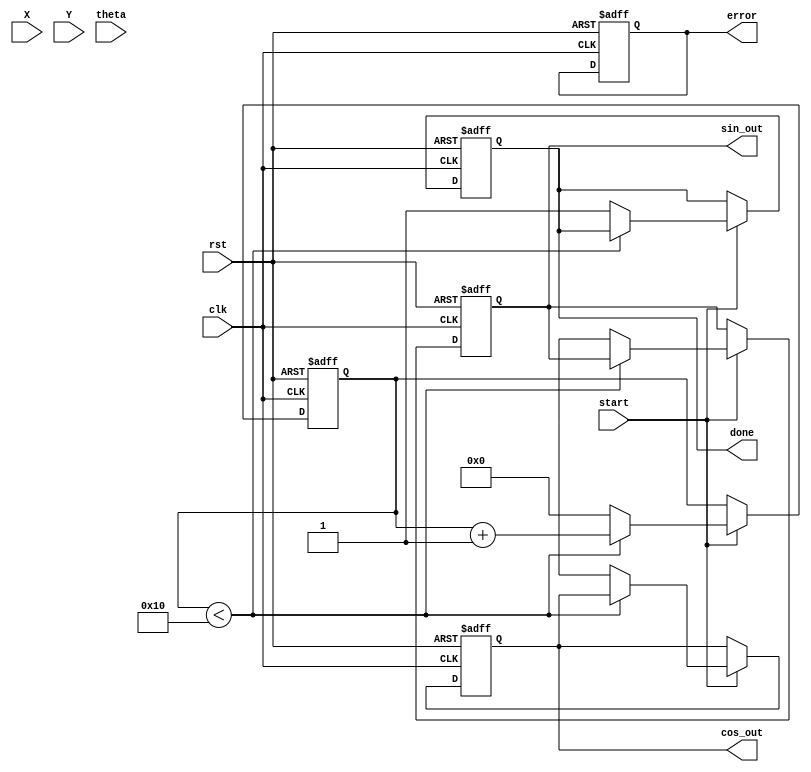
module CORDIC(
    input clk,
    input rst,
    input [31:0] X,     // Input X (IEEE 754 single precision)
    input [31:0] Y,     // Input Y (IEEE 754 single precision)
    input [31:0] theta, // Input angle  (in radians, IEEE 754)
    input start,        // Start signal for the CORDIC computation
    output reg [31:0] cos_out, // Output cosine value
    output reg [31:0] sin_out, // Output sine value
    output reg done,    // Done signal
    output reg error    // Error signal
);

    // CORDIC parameters
    parameter NUM_ITERATIONS = 16; // Number of iterations

    // Internal signals
    reg [31:0] x[0:NUM_ITERATIONS-1]; // X coordinates
    reg [31:0] y[0:NUM_ITERATIONS-1]; // Y coordinates
    reg [31:0] z[0:NUM_ITERATIONS-1]; // Angles
    reg [NUM_ITERATIONS-1:0] stage_done; // Stage done flags
    reg [3:0] iter_count; // Iteration counter
    reg [31:0] angle_table [0:NUM_ITERATIONS-1]; // Arctan values table

    // Initialize arctan values
    initial begin
        angle_table[0] = 32'b00111111100000000000000000000000; // atan(1) = /4
        // Fill the table with other atan values for CORDIC
        // angle_table[1] = ...
        // angle_table[2] = ...
        // ...
    end

    // State machine for CORDIC iterations
    always @(posedge clk or posedge rst) begin
        if (rst) begin
            iter_count <= 0;
            done <= 0;
            error <= 0;
            cos_out <= 0;
            sin_out <= 0;
        end else if (start) begin
            if (iter_count < NUM_ITERATIONS) begin
                // CORDIC iteration logic
                if (z[iter_count] < 0) begin
                    // Rotate positively
                    x[iter_count + 1] <= x[iter_count] + (y[iter_count] >> iter_count);
                    y[iter_count + 1] <= y[iter_count] - (x[iter_count] >> iter_count);
                    z[iter_count + 1] <= z[iter_count] + angle_table[iter_count];
                end else begin
                    // Rotate negatively
                    x[iter_count + 1] <= x[iter_count] - (y[iter_count] >> iter_count);
                    y[iter_count + 1] <= y[iter_count] + (x[iter_count] >> iter_count);
                    z[iter_count + 1] <= z[iter_count] - angle_table[iter_count];
                end
                iter_count <= iter_count + 1;
            end else begin
                // Output results after final iteration
                cos_out <= x[NUM_ITERATIONS];
                sin_out <= y[NUM_ITERATIONS];
                done <= 1;
                iter_count <= 0; // Reset for next operation
            end
        end
    end

    // Error handling logic can be added here
    
endmodule